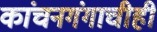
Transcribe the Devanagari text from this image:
कांचनगंगाचीही